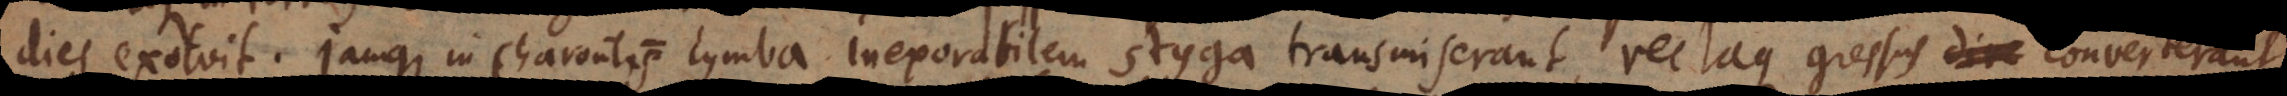
dies exolvit. Jamque in Charontis cymba inexorabilem styga transmiserant, rectaque gressus dire converterant